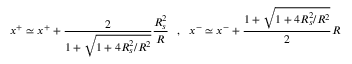
x ^ { + } \simeq x ^ { + } + \frac { 2 } { 1 + \sqrt { 1 + 4 R _ { s } ^ { 2 } / R ^ { 2 } } } \frac { R _ { s } ^ { 2 } } { R } \ \ , \ \ x ^ { - } \simeq x ^ { - } + \frac { 1 + \sqrt { 1 + 4 R _ { s } ^ { 2 } / R ^ { 2 } } } { 2 } R